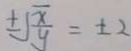
\pm \sqrt { \frac { x } { y } } = \pm 2